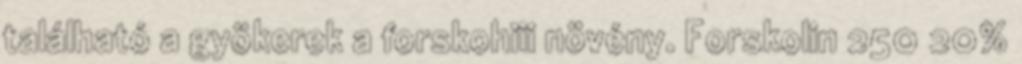
található a gyökerek a forskohiii növény. Forskolin 250 20%